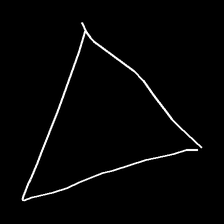
Glyph: convergence